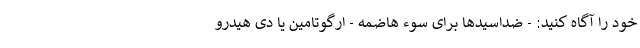
خود را آگاه کنید: - ضداسیدها برای سوء هاضمه - ارگوتامین یا دی هیدرو